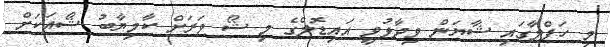
މި ހަފްލާގައި ޝާޔަން ވިދާޅުވީ އައިޑޮލްގެ މި ޝޯ ވަރަށް ކާމިޔާބު ޝޯއަކަށް